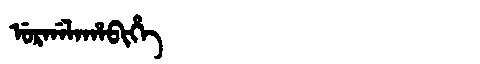
Manchu: ᡠᡵᡤᠠᠯᠠᡥᠠᠪᡳᡥᡝ
Romanization: URGALAHABIHE